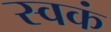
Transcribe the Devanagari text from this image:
स्वकं